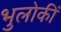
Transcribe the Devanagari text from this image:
भुलोकीं